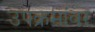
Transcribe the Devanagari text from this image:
उपक्रमांवर